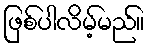
ဖြစ်ပါလိမ့်မည်။